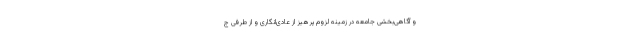
و آگاهی‌بخشی جامعه در زمینه لزوم پرهیز از عادی‌انگاری و از طرفی ج